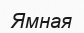
Ямная